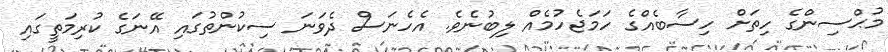
މުޙްސިންގެ ހިތަށް ހިސާބެއްގެ ހަމަޖެހުމެއް ލިބުނެވެ. އެހެނަސް ދެވަނަ ސިކުންތުގައި އޭނަގެ ކުރިމަތީގައި